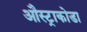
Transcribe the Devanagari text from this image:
औस्ट्राकोडा